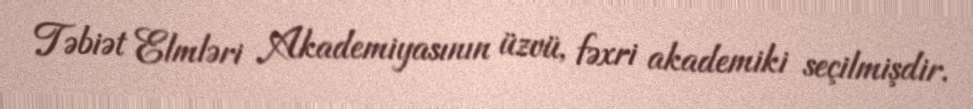
Təbiət Elmləri Akademiyasının üzvü, fəxri akademiki seçilmişdir.